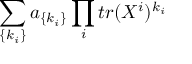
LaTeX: \sum _ { \{ k _ { i } \} } a _ { \{ k _ { i } \} } \prod _ { i } t r ( X ^ { i } ) ^ { k _ { i } }